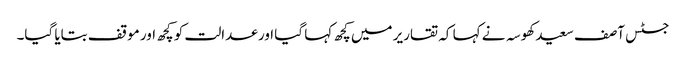
جسٹس آصف سعید کھوسہ نے کہا کہ تقاریر میں کچھ کہا گیا اور عدالت کو کچھ اور موقف بتایا گیا۔